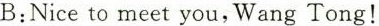
B:Niceto meet you, Wang Tong!